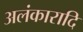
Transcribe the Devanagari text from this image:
अलंकारादि